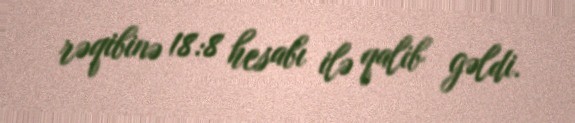
rəqibinə 18:8 hesabı ilə qalib gəldi.